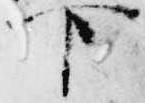
下